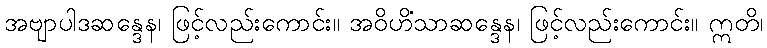
အဗျာပါဒဆန္ဒေန၊ ဖြင့်လည်းကောင်း။ အဝိဟိံသာဆန္ဒေန၊ ဖြင့်လည်းကောင်း။ ဣတိ၊